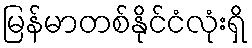
မြန်မာတစ်နိုင်ငံလုံးရှိ